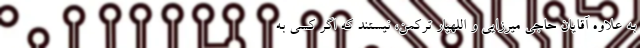
به علاوه آقایان حاجی میرزایی و اللهیار ترکمن، نیستند که اگر کسی به